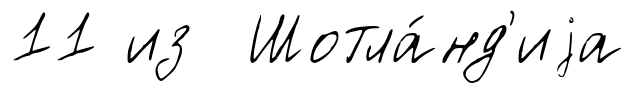
11 из Шотла́нд'иjа